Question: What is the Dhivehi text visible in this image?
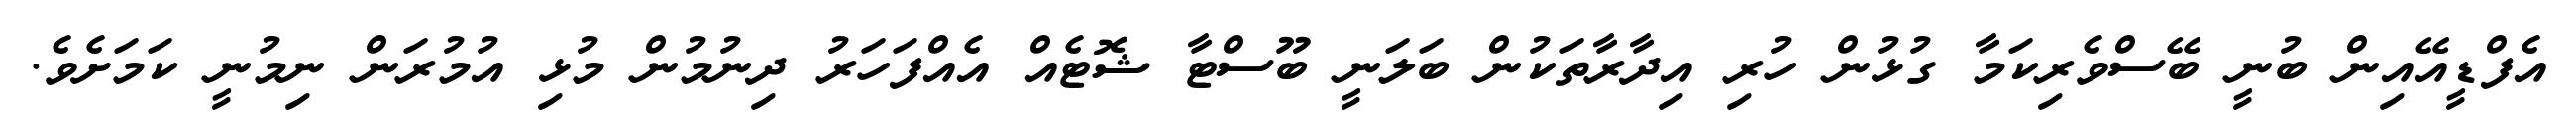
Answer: އެފްޑީއޭއިން ބުނީ ބޭސްވެރިކަމާ ގުޅުން ހުރި އިދާރާތަކުން ބަލަނީ ބޫސްޓާ ޝޮޓެއް އެއްފަހަރު ދިނުމުން މުޅި އުމުރަން ނިމުނީ ކަމަށެވެ.